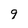
Character: 9